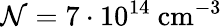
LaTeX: \mathcal{N}=7\cdot 10^{14}\mathrm{~cm}^{-3}